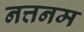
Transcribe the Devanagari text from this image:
नत्तनम